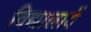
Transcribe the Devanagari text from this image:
विद्यालायें